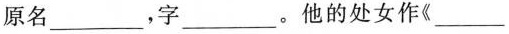
原名___，字___。他的处女作《___